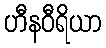
ဟီနဝီရိယာ